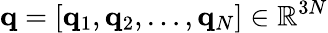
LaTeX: {\mathbf q}=[{\mathbf q}_{1},{\mathbf q}_{2},\dots,{\mathbf q}_{N}]\in{\mathbb R}^{3N}